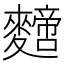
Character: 𪍼